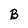
Character: B